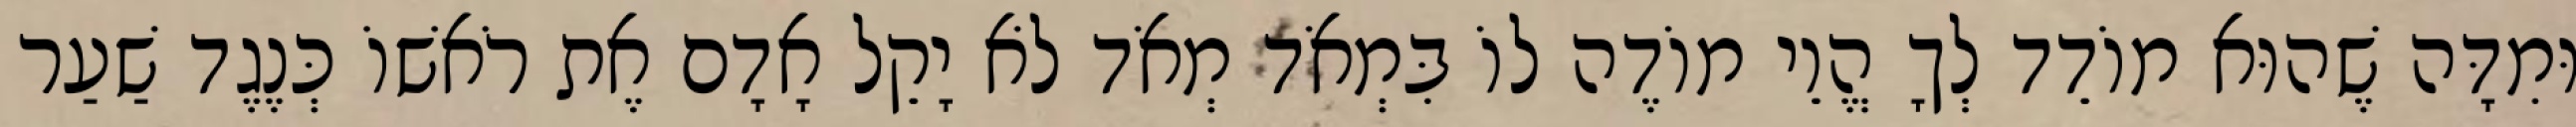
וּמִדָּה שֶׁהוּא מוֹדֵד לְךָ הֱוֵי מוֹדֶה לוֹ בִּמְאֹד מְאֹד לֹא יָקֵל אָדָם אֶת רֹאשׁוֹ כְּנֶגֶד שַׁעַר